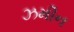
ઝમીન